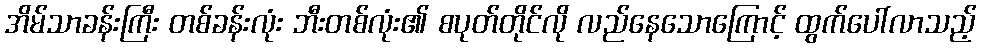
အိမ်သာခန်းကြီး တစ်ခန်းလုံး ဘီးတစ်လုံး၏ စပုတ်တိုင်လို လည်နေသောကြောင့် ထွက်ပေါ်လာသည့်